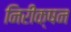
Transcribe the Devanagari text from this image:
निरीक्षन